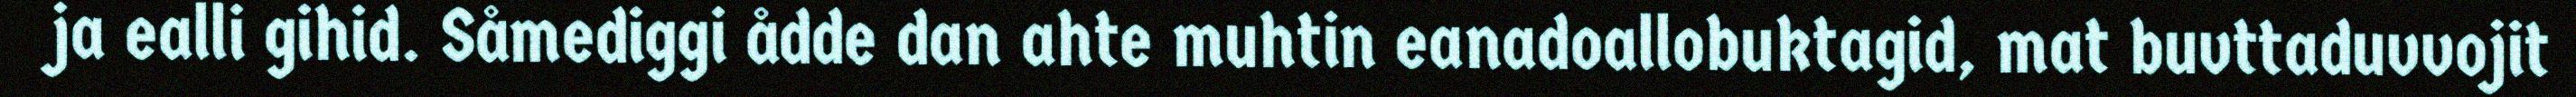
ja ealli gihid. Såmediggi ådde dan ahte muhtin eanadoallobuktagid, mat buvttaduvvojit